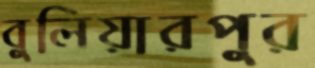
বুলিয়ারপুর